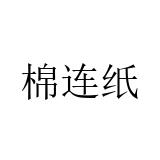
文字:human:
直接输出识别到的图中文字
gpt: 棉连纸